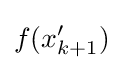
f(x'_{k+1})